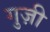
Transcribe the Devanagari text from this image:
गुज़ी